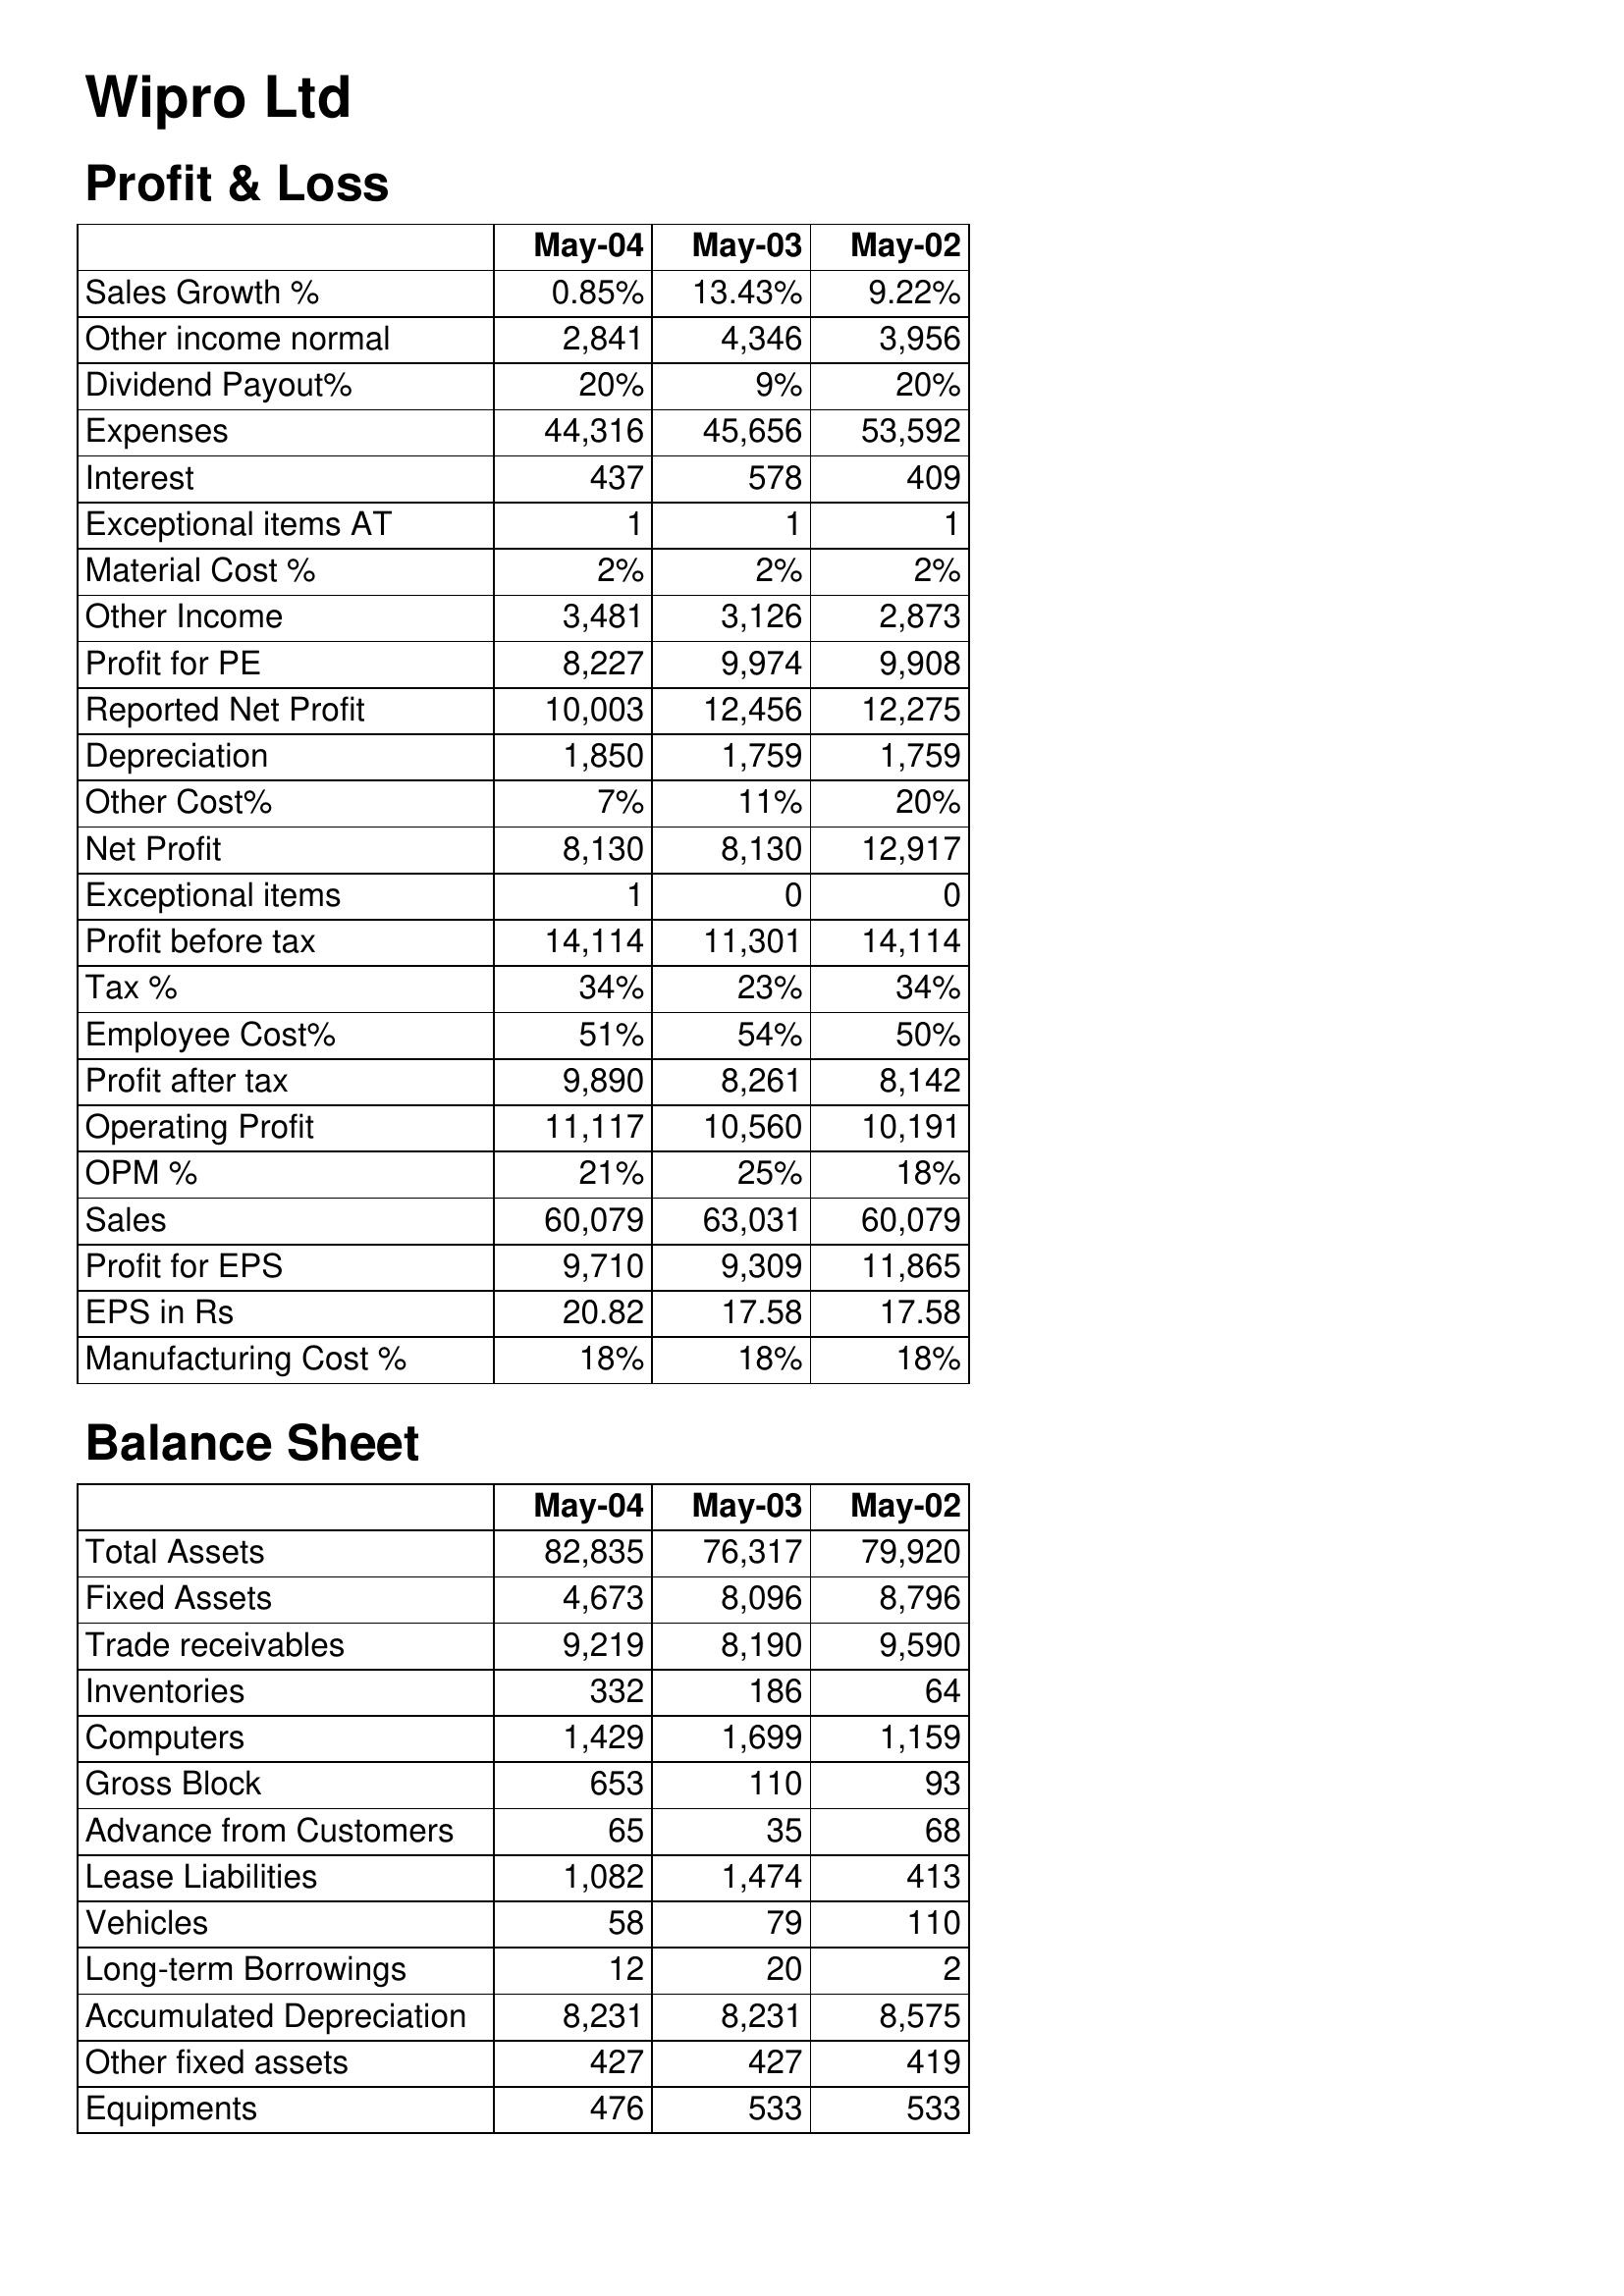
May-04: Profit & Loss: Sales Growth %: 0.85%
Other income normal: 2,841
Dividend Payout%: 20%
Expenses: 44,316
Interest: 437
Exceptional items AT: 1
Material Cost %: 2%
Other Income: 3,481
Profit for PE: 8,227
Reported Net Profit: 10,003
Depreciation: 1,850
Other Cost%: 7%
Net Profit: 8,130
Exceptional items: 1
Profit before tax: 14,114
Tax %: 34%
Employee Cost%: 51%
Profit after tax: 9,890
Operating Profit: 11,117
OPM %: 21%
Sales: 60,079
Profit for EPS: 9,710
EPS in Rs: 20.82
Manufacturing Cost %: 18%
Balance Sheet: Total Assets: 82,835
Fixed Assets: 4,673
Trade receivables: 9,219
Inventories: 332
Computers: 1,429
Gross Block: 653
Advance from Customers: 65
Lease Liabilities: 1,082
Vehicles: 58
Long-term Borrowings: 12
Accumulated Depreciation: 8,231
Other fixed assets: 427
Equipments: 476
May-03: Profit & Loss: Sales Growth %: 13.43%
Other income normal: 4,346
Dividend Payout%: 9%
Expenses: 45,656
Interest: 578
Exceptional items AT: 1
Material Cost %: 2%
Other Income: 3,126
Profit for PE: 9,974
Reported Net Profit: 12,456
Depreciation: 1,759
Other Cost%: 11%
Net Profit: 8,130
Exceptional items: 0
Profit before tax: 11,301
Tax %: 23%
Employee Cost%: 54%
Profit after tax: 8,261
Operating Profit: 10,560
OPM %: 25%
Sales: 63,031
Profit for EPS: 9,309
EPS in Rs: 17.58
Manufacturing Cost %: 18%
Balance Sheet: Total Assets: 76,317
Fixed Assets: 8,096
Trade receivables: 8,190
Inventories: 186
Computers: 1,699
Gross Block: 110
Advance from Customers: 35
Lease Liabilities: 1,474
Vehicles: 79
Long-term Borrowings: 20
Accumulated Depreciation: 8,231
Other fixed assets: 427
Equipments: 533
May-02: Profit & Loss: Sales Growth %: 9.22%
Other income normal: 3,956
Dividend Payout%: 20%
Expenses: 53,592
Interest: 409
Exceptional items AT: 1
Material Cost %: 2%
Other Income: 2,873
Profit for PE: 9,908
Reported Net Profit: 12,275
Depreciation: 1,759
Other Cost%: 20%
Net Profit: 12,917
Exceptional items: 0
Profit before tax: 14,114
Tax %: 34%
Employee Cost%: 50%
Profit after tax: 8,142
Operating Profit: 10,191
OPM %: 18%
Sales: 60,079
Profit for EPS: 11,865
EPS in Rs: 17.58
Manufacturing Cost %: 18%
Balance Sheet: Total Assets: 79,920
Fixed Assets: 8,796
Trade receivables: 9,590
Inventories: 64
Computers: 1,159
Gross Block: 93
Advance from Customers: 68
Lease Liabilities: 413
Vehicles: 110
Long-term Borrowings: 2
Accumulated Depreciation: 8,575
Other fixed assets: 419
Equipments: 533